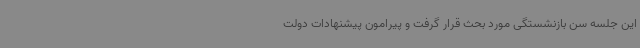
این جلسه سن بازنشستگی مورد بحث قرار گرفت و پیرامون پیشنهادات دولت